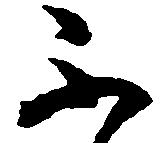
不